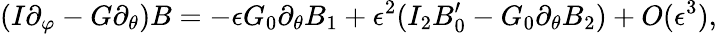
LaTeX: (I\partial_{\varphi}-G\partial_{\theta})B=-\epsilon G_{0}\partial_{\theta}B_{1}+\epsilon^{2}(I_{2}B_{0}^{\prime}-G_{0}\partial_{\theta}B_{2})+O(\epsilon^{3}),